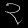
Digit: ၃